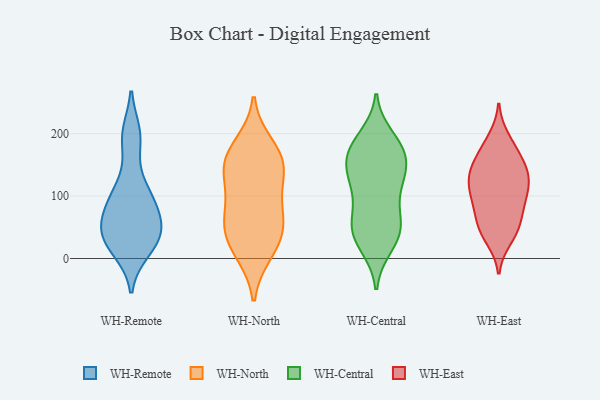
{"axis": {"x": "Market Share (%)", "y": "Value"}, "legend": ["WH-Central", "WH-East", "WH-North", "WH-Remote"], "data": [{"x": "", "y": 32, "type": "WH-Remote"}, {"x": "", "y": 41, "type": "WH-Remote"}, {"x": "", "y": 98, "type": "WH-Remote"}, {"x": "", "y": 44, "type": "WH-Remote"}, {"x": "", "y": 59, "type": "WH-Remote"}, {"x": "", "y": 192, "type": "WH-Remote"}, {"x": "", "y": 199, "type": "WH-Remote"}, {"x": "", "y": 74, "type": "WH-Remote"}, {"x": "", "y": 91, "type": "WH-Remote"}, {"x": "", "y": 14, "type": "WH-Remote"}, {"x": "", "y": 24, "type": "WH-Remote"}, {"x": "", "y": 118, "type": "WH-Remote"}, {"x": "", "y": 181, "type": "WH-North"}, {"x": "", "y": 10, "type": "WH-North"}, {"x": "", "y": 143, "type": "WH-North"}, {"x": "", "y": 17, "type": "WH-North"}, {"x": "", "y": 46, "type": "WH-North"}, {"x": "", "y": 52, "type": "WH-North"}, {"x": "", "y": 84, "type": "WH-North"}, {"x": "", "y": 57, "type": "WH-North"}, {"x": "", "y": 145, "type": "WH-North"}, {"x": "", "y": 105, "type": "WH-North"}, {"x": "", "y": 153, "type": "WH-North"}, {"x": "", "y": 163, "type": "WH-North"}, {"x": "", "y": 26, "type": "WH-Central"}, {"x": "", "y": 61, "type": "WH-Central"}, {"x": "", "y": 45, "type": "WH-Central"}, {"x": "", "y": 173, "type": "WH-Central"}, {"x": "", "y": 123, "type": "WH-Central"}, {"x": "", "y": 145, "type": "WH-Central"}, {"x": "", "y": 171, "type": "WH-Central"}, {"x": "", "y": 194, "type": "WH-Central"}, {"x": "", "y": 45, "type": "WH-Central"}, {"x": "", "y": 63, "type": "WH-Central"}, {"x": "", "y": 176, "type": "WH-Central"}, {"x": "", "y": 89, "type": "WH-Central"}, {"x": "", "y": 123, "type": "WH-Central"}, {"x": "", "y": 181, "type": "WH-Central"}, {"x": "", "y": 159, "type": "WH-Central"}, {"x": "", "y": 44, "type": "WH-Central"}, {"x": "", "y": 20, "type": "WH-Central"}, {"x": "", "y": 137, "type": "WH-Central"}, {"x": "", "y": 122, "type": "WH-Central"}, {"x": "", "y": 175, "type": "WH-East"}, {"x": "", "y": 97, "type": "WH-East"}, {"x": "", "y": 64, "type": "WH-East"}, {"x": "", "y": 87, "type": "WH-East"}, {"x": "", "y": 112, "type": "WH-East"}, {"x": "", "y": 42, "type": "WH-East"}, {"x": "", "y": 192, "type": "WH-East"}, {"x": "", "y": 143, "type": "WH-East"}, {"x": "", "y": 108, "type": "WH-East"}, {"x": "", "y": 50, "type": "WH-East"}, {"x": "", "y": 178, "type": "WH-East"}, {"x": "", "y": 133, "type": "WH-East"}, {"x": "", "y": 77, "type": "WH-East"}, {"x": "", "y": 139, "type": "WH-East"}, {"x": "", "y": 137, "type": "WH-East"}, {"x": "", "y": 45, "type": "WH-East"}, {"x": "", "y": 131, "type": "WH-East"}, {"x": "", "y": 103, "type": "WH-East"}, {"x": "", "y": 32, "type": "WH-East"}, {"x": "", "y": 156, "type": "WH-East"}]}